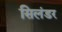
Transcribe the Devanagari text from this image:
सिलंडर